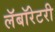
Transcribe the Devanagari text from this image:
लॅबॉरेटरी